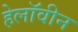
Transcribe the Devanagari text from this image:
हेलाॅवीन